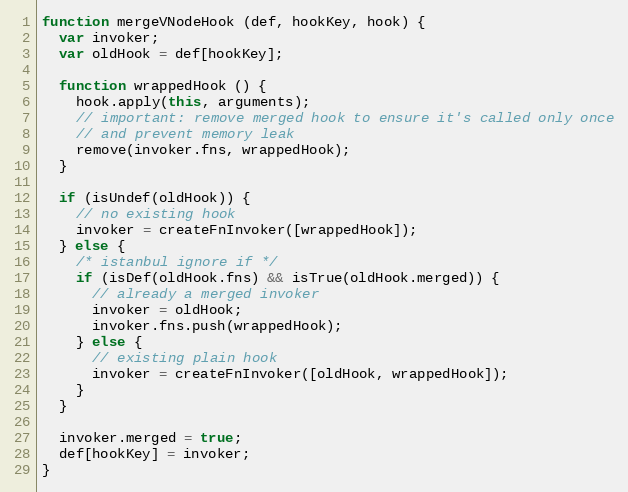
Language: JavaScript
function mergeVNodeHook (def, hookKey, hook) {
  var invoker;
  var oldHook = def[hookKey];

  function wrappedHook () {
    hook.apply(this, arguments);
    // important: remove merged hook to ensure it's called only once
    // and prevent memory leak
    remove(invoker.fns, wrappedHook);
  }

  if (isUndef(oldHook)) {
    // no existing hook
    invoker = createFnInvoker([wrappedHook]);
  } else {
    /* istanbul ignore if */
    if (isDef(oldHook.fns) && isTrue(oldHook.merged)) {
      // already a merged invoker
      invoker = oldHook;
      invoker.fns.push(wrappedHook);
    } else {
      // existing plain hook
      invoker = createFnInvoker([oldHook, wrappedHook]);
    }
  }

  invoker.merged = true;
  def[hookKey] = invoker;
}